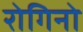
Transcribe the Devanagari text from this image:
रोगिनो